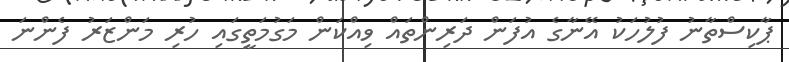
ޕާކިސްތާނު ފުލުހަކު އޭނާގެ އުފަން ދަރިންތައް ވިއްކަން މަގުމަތީގައި ހުރި މަންޒަރު ފެންނަ